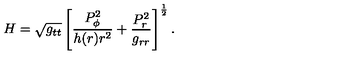
H = \sqrt { g _ { t t } } \left[ { \frac { P _ { \phi } ^ { 2 } } { h ( r ) r ^ { 2 } } } + { \frac { P _ { r } ^ { 2 } } { g _ { r r } } } \right] ^ { \frac { 1 } { 2 } } .